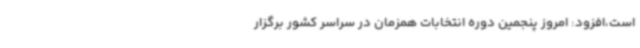
است،افزود: امروز پنجمین دوره انتخابات همزمان در سراسر کشور برگزار